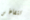
تتفاخر